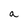
Character: a